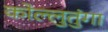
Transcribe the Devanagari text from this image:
कोल्लुतुंगा